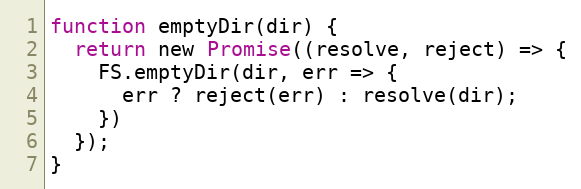
Language: JavaScript
function emptyDir(dir) {
  return new Promise((resolve, reject) => {
    FS.emptyDir(dir, err => {
      err ? reject(err) : resolve(dir);
    })
  });
}